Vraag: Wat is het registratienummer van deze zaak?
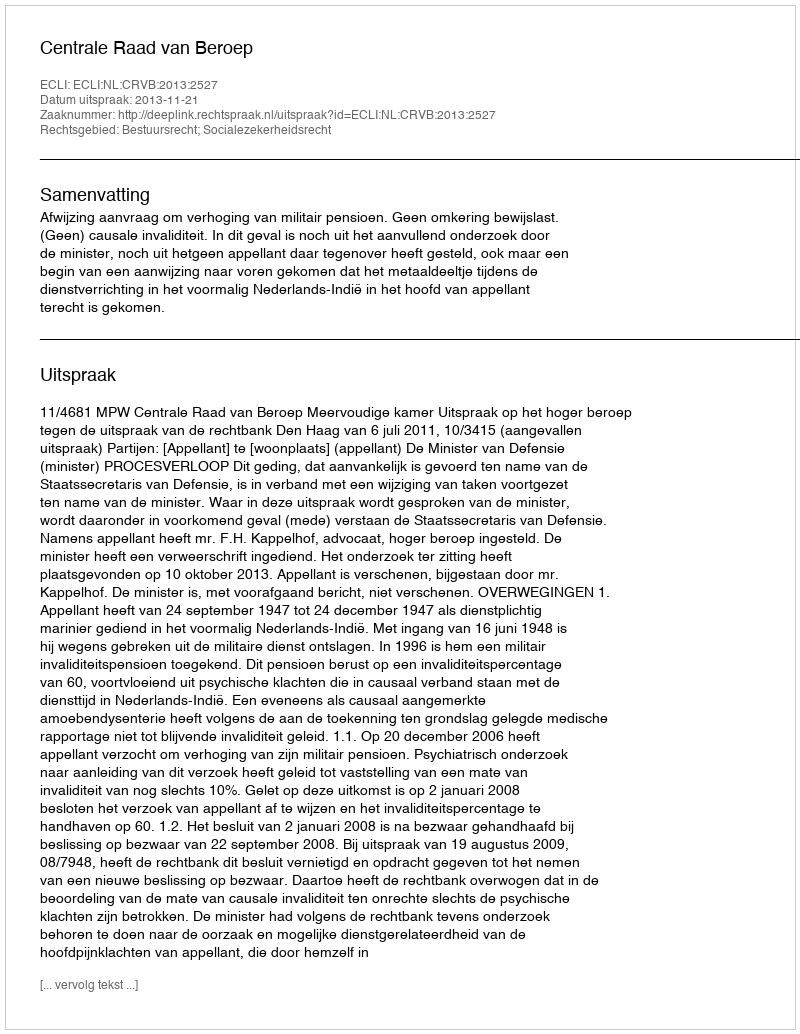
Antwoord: http://deeplink.rechtspraak.nl/uitspraak?id=ECLI:NL:CRVB:2013:2527